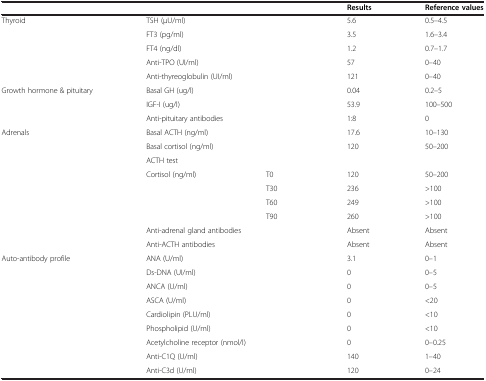
| <COLSPAN=3>  | Results | Reference values |
 | --- | --- | --- | --- | --- |
 | <ROWSPAN=5> Thyroid | <COLSPAN=2> TSH (μU/ml) | 5.6 | 0.5–4.5 |
 | <COLSPAN=2> FT3 (pg/ml) | 3.5 | 1.6–3.4 |
 | <COLSPAN=2> FT4 (ng/dl) | 1.2 | 0.7–1.7 |
 | <COLSPAN=2> Anti-TPO (UI/ml) | 57 | 0–40 |
 | <COLSPAN=2> Anti-thyreoglobulin (UI/ml) | 121 | 0–40 |
 | <ROWSPAN=3> Growth hormone & pituitary | <COLSPAN=2> Basal GH (ug/l) | 0.04 | 0.2–5 |
 | <COLSPAN=2> IGF-I (ug/l) | 53.9 | 100–500 |
 | <COLSPAN=2> Anti-pituitary antibodies | 1:8 | 0 |
 | <ROWSPAN=9> Adrenals | <COLSPAN=2> Basal ACTH (ng/ml) | 17.6 | 10–130 |
 | <COLSPAN=2> Basal cortisol (ng/ml) | 120 | 50–200 |
 | <COLSPAN=4> ACTH test |
 | <ROWSPAN=4> Cortisol (ng/ml) | T0 | 120 | 50–200 |
 | T30 | 236 | >100 |
 | T60 | 249 | >100 |
 | T90 | 260 | >100 |
 | <COLSPAN=2> Anti-adrenal gland antibodies | Absent | Absent |
 | <COLSPAN=2> Anti-ACTH antibodies | Absent | Absent |
 | <ROWSPAN=8> Auto-antibody profile | <COLSPAN=2> ANA (U/ml) | 3.1 | 0–1 |
 | <COLSPAN=2> Ds-DNA (UI/ml) | 0 | 0–5 |
 | <COLSPAN=2> ANCA (U/ml) | 0 | 0–5 |
 | <COLSPAN=2> ASCA (U/ml) | 0 | <20 |
 | <COLSPAN=2> Cardiolipin (PLU/ml) | 0 | <10 |
 | <COLSPAN=2> Phospholipid (U/ml) | 0 | <10 |
 | <COLSPAN=2> Acetylcholine receptor (nmol/l) | 0 | 0–0.25 |
 | <COLSPAN=2> Anti-C1Q (U/ml) | 140 | 1–40 |
 |  | <COLSPAN=2> Anti-C3d (U/ml) | 120 | 0–24 |